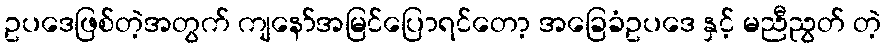
ဥပဒေဖြစ်တဲ့အတွက် ကျနော်အမြင်ပြောရင်တော့ အခြေခံဥပဒေ နှင့် မညီညွတ် တဲ့